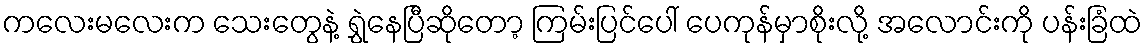
ကလေးမလေးက သေးတွေနဲ့ ရွှဲနေပြီဆိုတော့ ကြမ်းပြင်ပေါ် ပေကုန်မှာစိုးလို့ အလောင်းကို ပန်းခြံထဲ